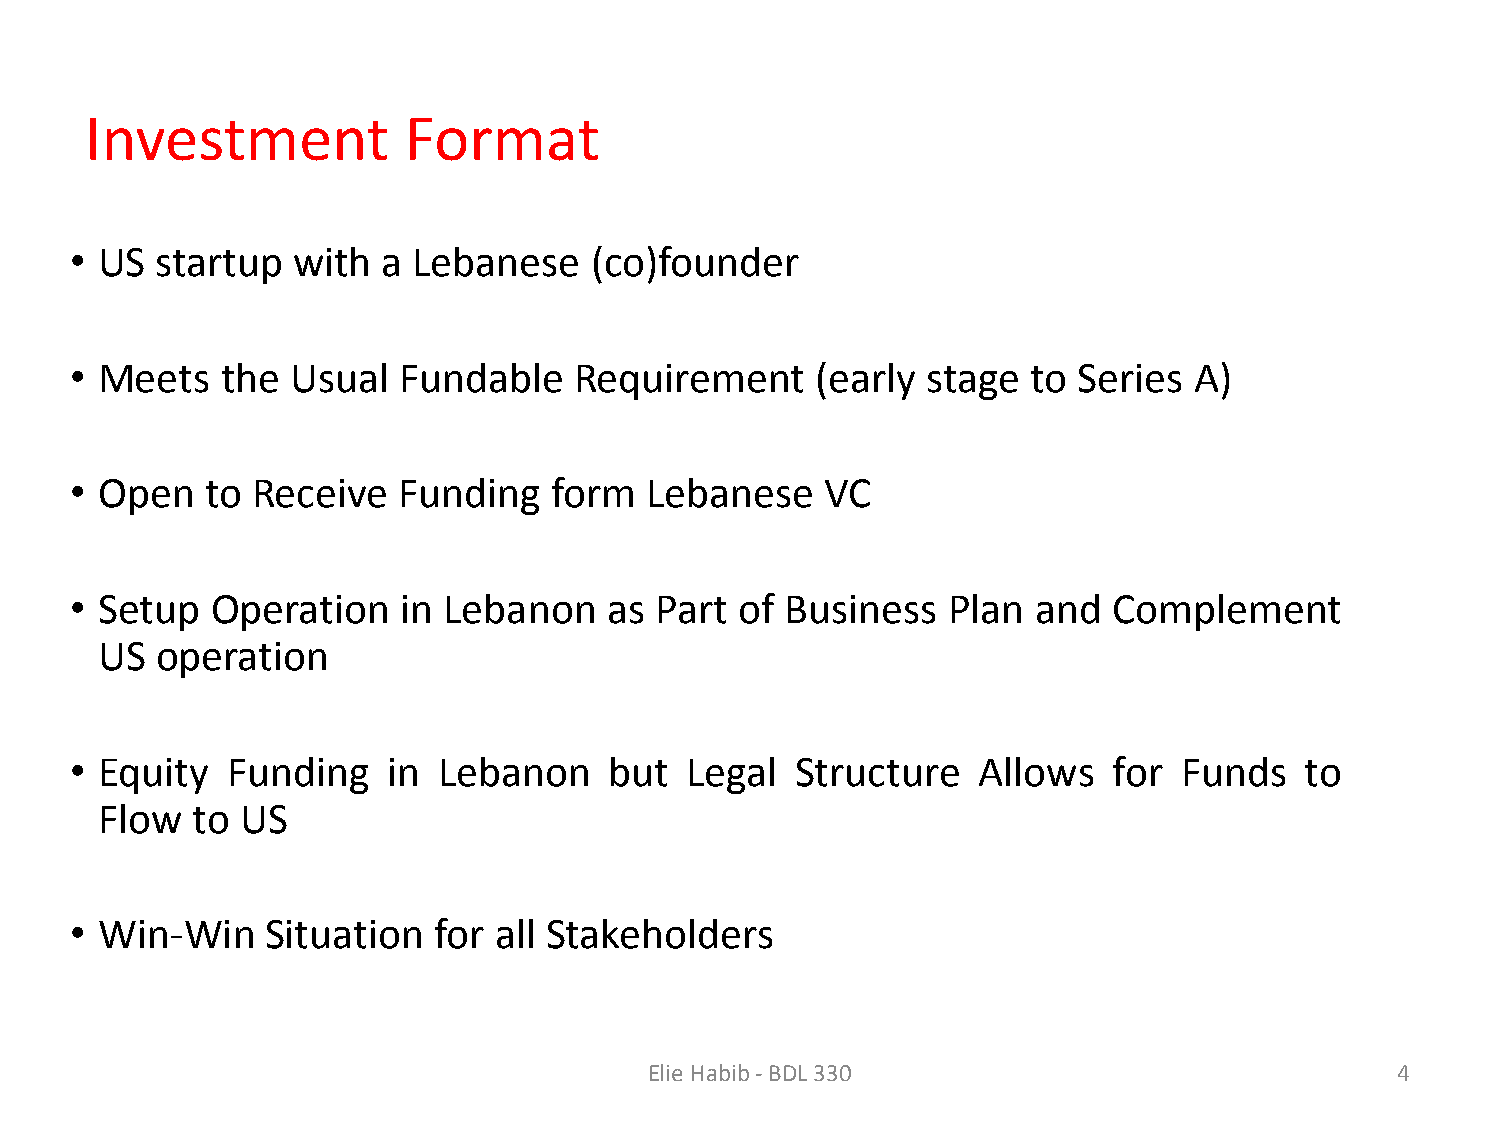
Investment           Format
 • US startup  with  a Lebanese    (co)founder
 • Meets   the Usual  Fundable    Requirement     (early stage  to Series  A)
 • Open   to Receive  Funding   form   Lebanese    VC
 • Setup  Operation   in Lebanon    as Part  of Business   Plan  and  Complement
 US  operation
 • Equity  Funding    in Lebanon    but  Legal   Structure   Allows   for Funds   to
 Flow   to US
 • Win-Win    Situation  for all Stakeholders
 Elie Habib - BDL 330                              4
 Confidential © 2013 Middle East Venture Partners. All rights reserved.